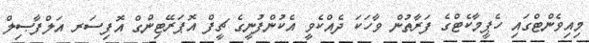
މިއިވެންޓްގައި ހެޕީމާކެޓްގެ ފަރާތުން ވާހަކަ ދެއްކެވީ އެކުންފުނީގެ ޗީފް އޮޕަރޭޓިންގް އޮފިސަރ އަލްފާޞިލް